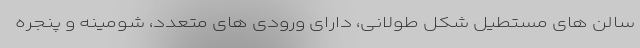
سالن های مستطیل شکل طولانی، دارای ورودی های متعدد، شومینه و پنجره